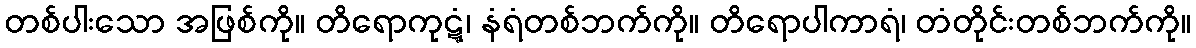
တစ်ပါးသော အဖြစ်ကို။ တိရောကုဋ္ဋံ၊ နံရံတစ်ဘက်ကို။ တိရောပါကာရံ၊ တံတိုင်းတစ်ဘက်ကို။